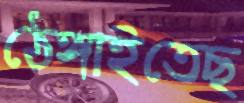
ঠেঙ্গাইতেছ